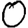
Digit: 0